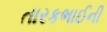
તારકભાઈની